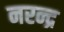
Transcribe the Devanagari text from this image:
नरन्द्र